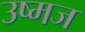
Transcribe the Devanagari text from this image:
उष्मज